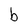
Character: b